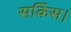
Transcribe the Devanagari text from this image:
सर्किस।